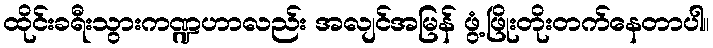
ထိုင်းခရီးသွားကဏ္ဍဟာလည်း အလျင်အမြန် ဖွံ့ဖြိုးတိုးတက်နေတာပါ။